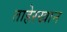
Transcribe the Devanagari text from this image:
ताहेरखान